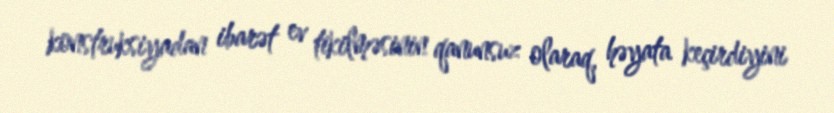
konstruksiyadan ibarət ev tikilməsinin qanunsuz olaraq, həyata keçirdiyini